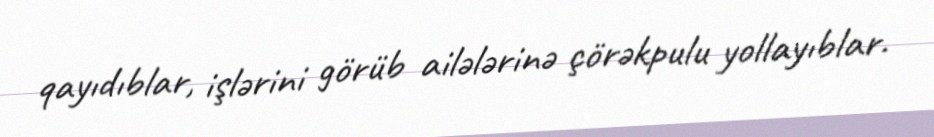
qayıdıblar, işlərini görüb ailələrinə çörəkpulu yollayıblar.